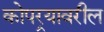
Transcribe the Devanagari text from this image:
कोपर्‍यावरील